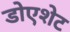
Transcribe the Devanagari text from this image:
डोएशेट